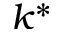
k ^ { * }